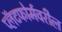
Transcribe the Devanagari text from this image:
प्लॅटफोर्मवरील